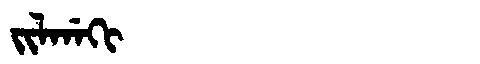
Manchu: ᠵᡳᠯᡤᠠᡴᡳ
Romanization: JILGAKI